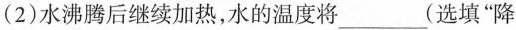
(2)水沸腾后继续加热，水的温度将___(选填”降